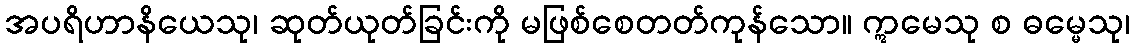
အပရိဟာနိယေသု၊ ဆုတ်ယုတ်ခြင်းကို မဖြစ်စေတတ်ကုန်သော။ ဣမေသု စ ဓမ္မေသု၊